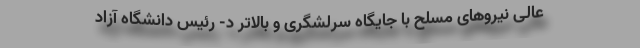
عالی نیرو‌های مسلح با جایگاه سرلشگری و بالاتر د- رئیس دانشگاه آزاد